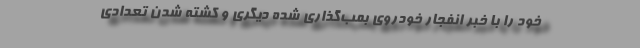
خود را با خبر انفجار خودروی بمب‌گذاری شده دیگری و کشته شدن تعدادی